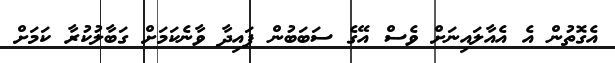
އެގޮތުން އެ އެއާލައިނަށް ވެސް އޭގެ ސަބަބުން ފައިދާ ވާނެކަމަށް ގަބާލުކުރާ ކަމަށް